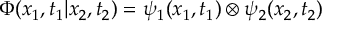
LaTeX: { \Phi } ( x _ { 1 } , t _ { 1 } | x _ { 2 } , t _ { 2 } ) = { \psi } _ { 1 } ( x _ { 1 } , t _ { 1 } ) \otimes { \psi } _ { 2 } ( x _ { 2 } , t _ { 2 } )